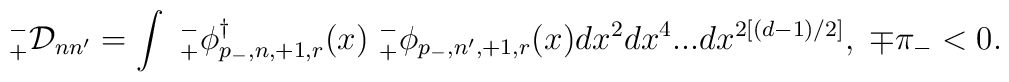
_{+}^{-}{\cal D}_{nn^{\prime }}=\int {}\ {}_{+}^{-}\phi_{p_{-},n,+1,r}^{\dagger }(x)\ {}_{+}^{-}\phi _{p_{-},n^{\prime},+1,r}(x){}dx^{2}dx^{4}...dx^{2\left[ (d-1)/2\right] },\;\mp \pi _{-}<0.